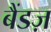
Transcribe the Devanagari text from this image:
बैंडज़